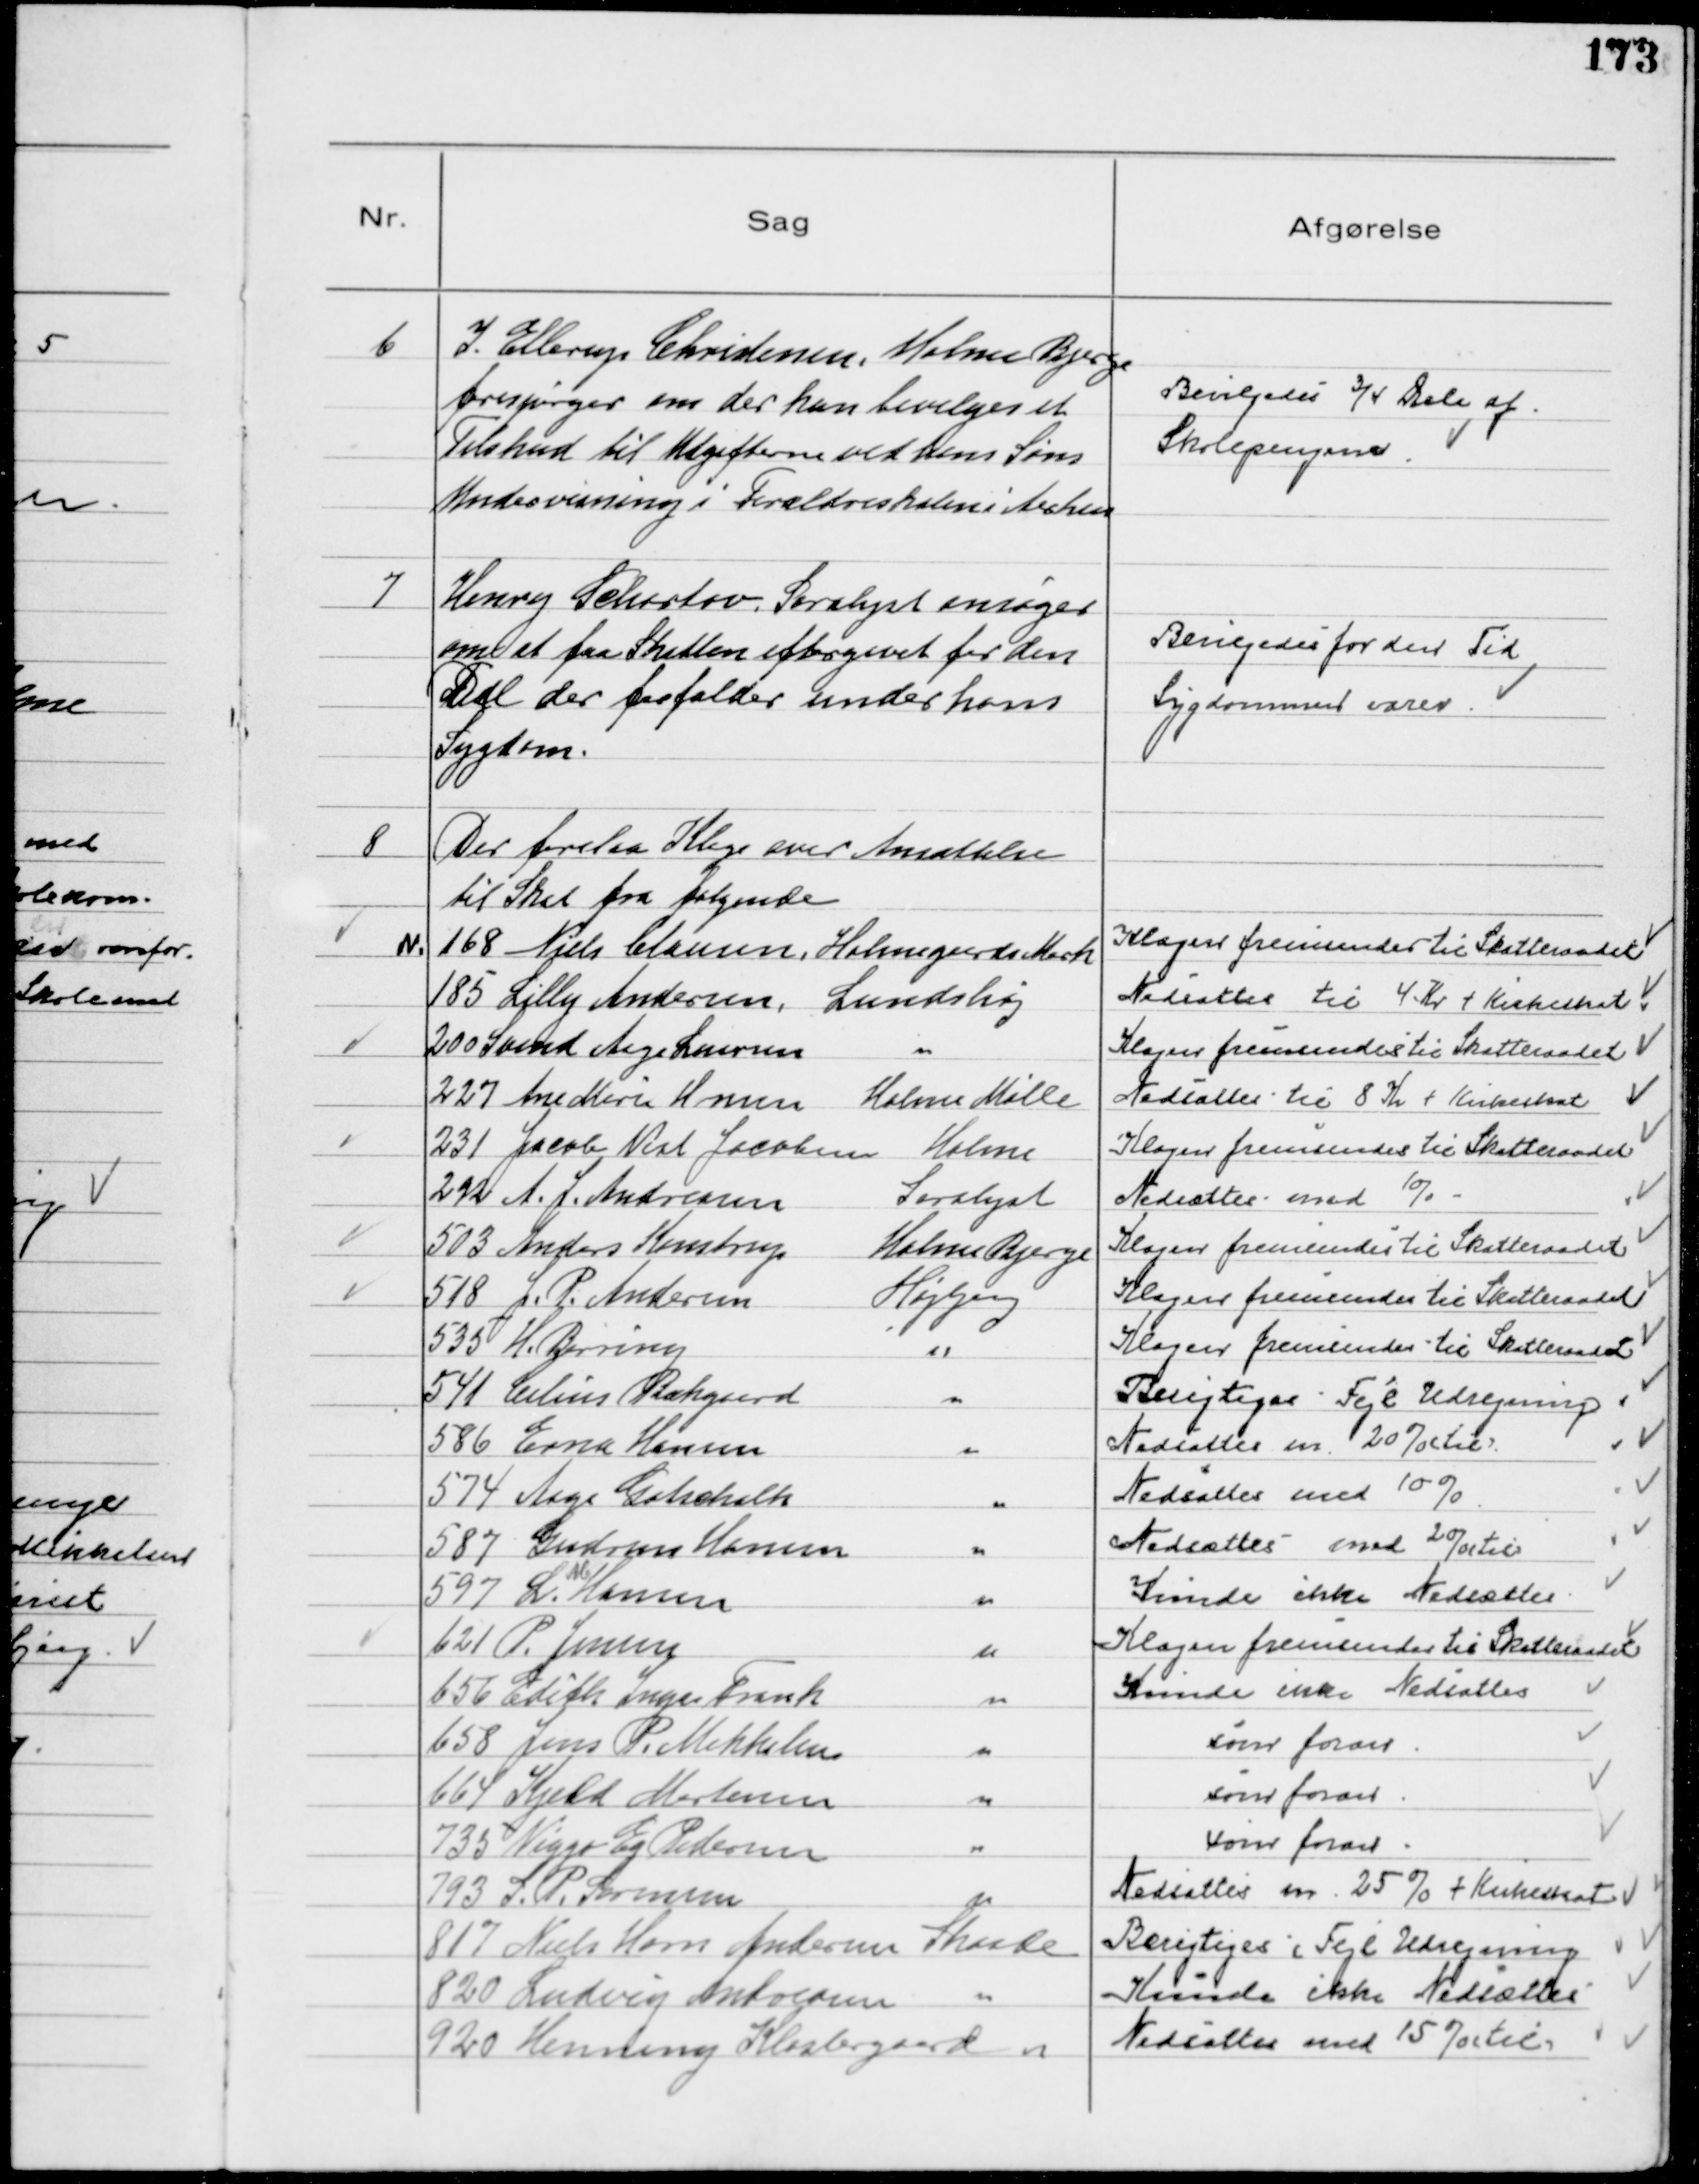
Transskription:
6
I. Ellerup Christensen, Holme Bjerge
forespørger om der kan bevilges et
Tilskud til Udgifterne ved hans Søns
Undervisning i Forældreskolen i Aarhus

Bevilgedes ¾ Dele af
Skolepengene

7
Henry Schartov, Saralyst ansøger
om at faa Skatten eftergivet for den
Del der forfalder under hans
Sygdom.

Bevilgedes for den Tid
Sygdommen varer

8
Der forelaa Klage over Ansættelse
til Skat for følgende
№
168 Niels Clausen, Holmegaards Mark
Klagen fremsendes til Skatteraadet
185 Lilly Andersen, Lundshøj
Nedsattes til 4 Kr + Kirkeskat
200 Svend Aage Laursen 
Klagen fremsendes til Skatteraadet
227 Ane Marie Hansen Holme Mølle
Nedsattes til 8 Kr + Kirkeskat
231 Jacob Vest Jacobsen Holme
Klagen fremsendes til Skatteraadet
292 A. J. Andreasen 
Saralyst
Nedsættes med 1%
503 Anders Kanstrup 
Holme Bjerge
Klagen fremsendes til Skatteraadet
518 J. P. Andersen
Højbjerg
Klagen fremsendes til Skatteraadet
535 H. Bjerring 
Klagen fremsendes til Skatteraadet
541 Celius Bækgaard 
Berigtiges - Fejl Udregning
586 Erna Hansen 
Nedsattes m 20% (til)
574 Aage Gotschalk 
Nedsattes med 10%
587 Gudrun Hansen 
Nedsattes med 20% ( til)
597 L. 
M
Hansen 
Kunde ikke Nedsættes
621 P. Jensen 
Klagen fremsendes til Skatteraadet
656 Edith Inger Frank 
Kunde ikke Nedsættes
658 Jens P. Mikkelsen 
som foran
664 Kjeld Mortensen 
som foran
735 Viggo Eg Pedersen 
som foran
793 S. P. Sørensen 
Nedsattes m. 25% + Kirkeskat
817 Niels Horn Andersen Skaade
Berigtiges (Fejl Udregning
820 Ludvig Andreasen 
Kunde ikke Nedsættes
920 Henning Klostergaard 
Nedsattes med 15% (til)